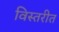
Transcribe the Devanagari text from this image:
विस्तरीत